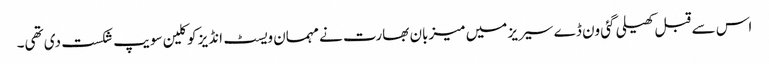
اس سے قبل کھیلی گئی ون ڈے سیریز میں میزبان بھارت نے مہمان ویسٹ انڈیز کو کلین سویپ شکست دی تھی۔